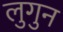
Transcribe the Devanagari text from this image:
लुगुन